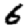
Digit: 6